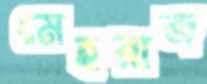
মেহরাজ